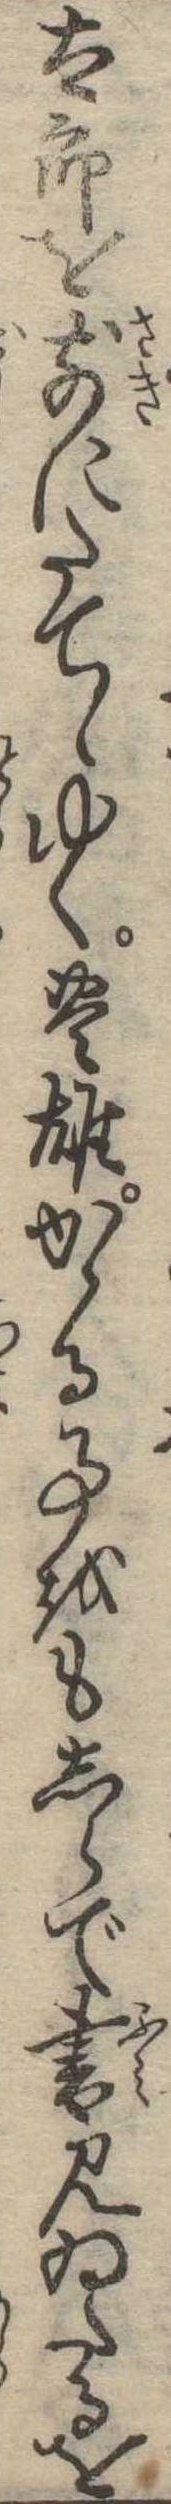
太郎を前にたてゝゆく豊雄かゝる事をもしらで書見ゐたるを